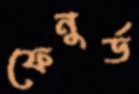
ফেনুর্ড